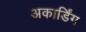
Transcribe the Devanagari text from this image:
अकार्डिंग